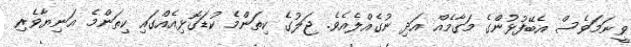
ވީނަމަވެސް އެބޭފުޅުންގެ މަގާމެއް އަދި ނުގެއްލެއެވެ. ޖަލުގެ ކިތަންމެ ކުޑަގޮޅިއެއްގައި ކިތަންމެ އަނިޔާވެރި